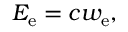
E _ { \mathrm { e } } = c w _ { \mathrm { e } } ,